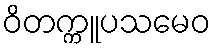
ဝိတက္ကူပသမေဝ